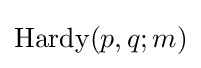
\operatorname {Hardy} (p,q;m)